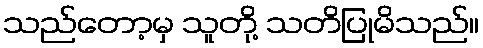
သည်တော့မှ သူတို့ သတိပြုမိသည်။